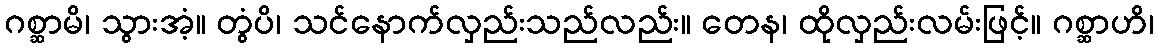
ဂစ္ဆာမိ၊ သွားအံ့။ တွံပိ၊ သင်နောက်လှည်းသည်လည်း။ တေန၊ ထိုလှည်းလမ်းဖြင့်။ ဂစ္ဆာဟိ၊